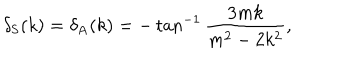
\delta _ { \mathrm { S } } ( k ) = \delta _ { \mathrm { A } } ( k ) = - \tan ^ { - 1 } \frac { 3 m k } { m ^ { 2 } - 2 k ^ { 2 } } ,